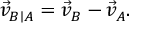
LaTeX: { \vec { v } } _ { B \mid A } = { \vec { v } } _ { B } - { \vec { v } } _ { A } .